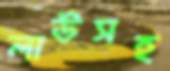
লাউসহ